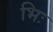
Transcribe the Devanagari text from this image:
भिः